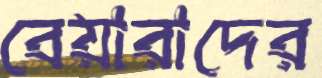
বেয়ারাদের